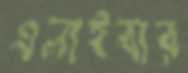
এলাইবার